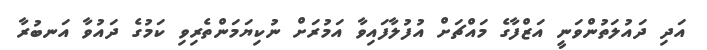
އަދި ދައުލަތުންވަނީ އަޒްފާގެ މައްޗަށް އުފުލާފައިވާ އަމުރަށް ނުކިޔަމަންތެރިވި ކަމުގެ ދައުވާ އަނބުރާ